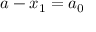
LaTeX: a - x _ { 1 } = a _ { 0 }